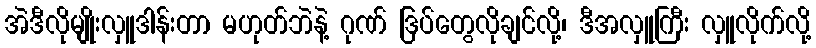
အဲဒီလိုမျိုးလှူဒါန်းတာ မဟုတ်ဘဲနဲ့ ဂုဏ် ဒြပ်တွေလိုချင်လို့၊ ဒီအလှူကြီး လှူလိုက်လို့